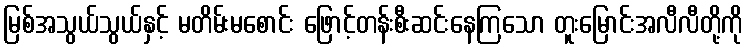
မြစ်အသွယ်သွယ်နှင့် မတိမ်းမစောင်း ဖြောင့်တန်းစီးဆင်းနေကြသော တူးမြောင်းအလီလီတို့ကို